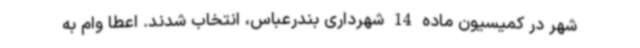
شهر در کمیسیون ماده 14 شهرداری بندرعباس، انتخاب شدند. اعطا وام به